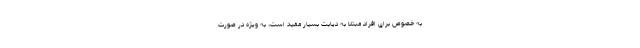
به خصوص برای افراد مبتلا به دیابت بسیار مفید است، به ویژه در صورت